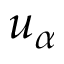
u _ { \alpha }